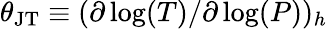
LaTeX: \theta_{\mathrm{JT}}\equiv(\partial\log(T)/\partial\log(P))_{h}